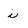
Character: i